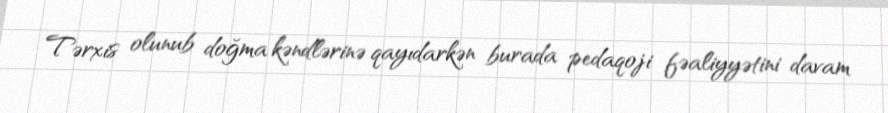
Tərxis olunub doğma kəndlərinə qayıdarkən burada pedaqoji fəaliyyətini davam